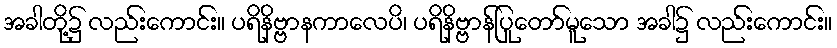
အခါတို့၌ လည်းကောင်း။ ပရိနိဗ္ဗာနကာလေပိ၊ ပရိနိဗ္ဗာန်ပြုတော်မူသော အခါ၌ လည်းကောင်း။